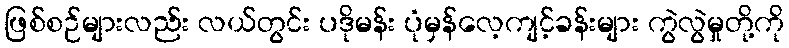
ဖြစ်စဉ်များလည်း လယ်တွင်း ပဒိုမန်း ပုံမှန်လေ့ကျင့်ခန်းများ ကွဲလွဲမှုတို့ကို